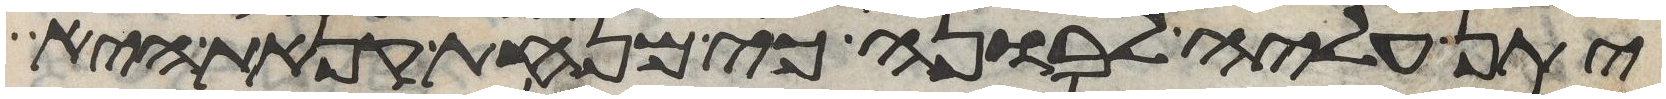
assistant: יתן עליה לבונה כי מנחת קנאת היא